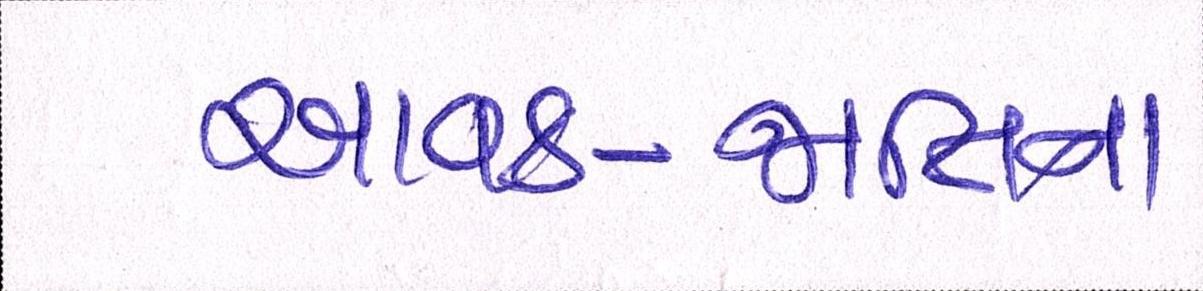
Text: આવક-જાતિના